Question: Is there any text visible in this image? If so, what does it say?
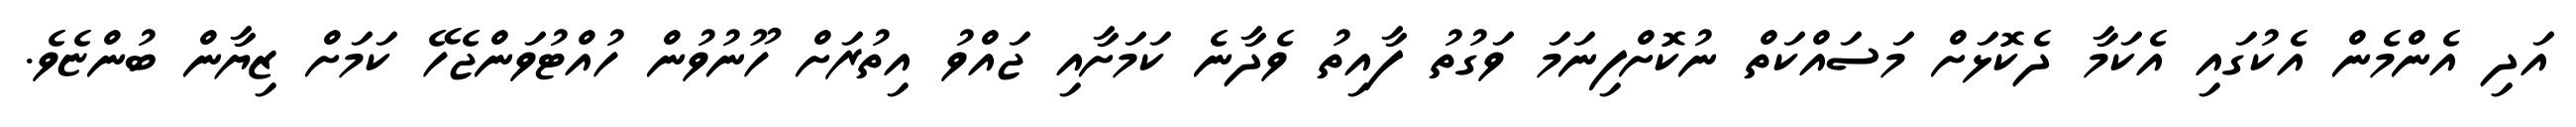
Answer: އަދި އެންމެން އެކުގައި އެކަމާ ދެކޮޅަށް މަސައްކަތް ނުކޮށްފިނަމަ ވަގުތު ފާއިތު ވެދާނެ ކަމަށާއި ޖައްވު އިތުރަށް ހޫނުވުން ހުއްޓުވަންޖެހޭ ކަމަށް ޒިޔާން ބުންޏެވެ.